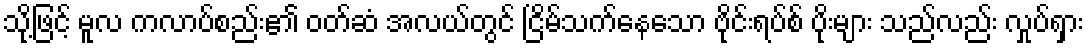
သို့ဖြင့် မူလ ကလာပ်စည်း၏ ဝတ်ဆံ အလယ်တွင် ငြိမ်သက်နေသော ဗိုင်းရပ်စ် ပိုးများ သည်လည်း လှုပ်ရှား